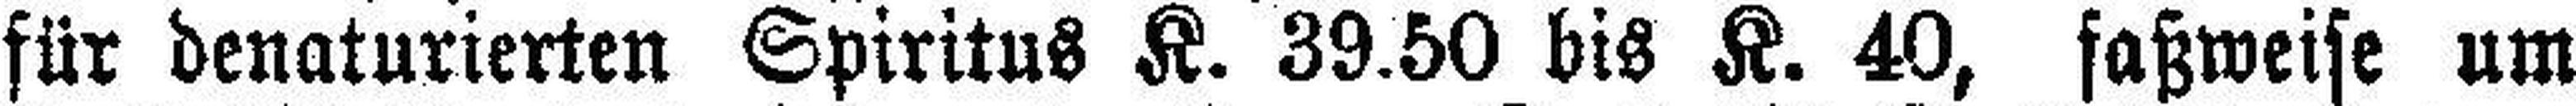
für denaturierten Spiritus K. 39.50 bis K. 40, faßweise um